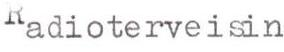
Radioterveisin